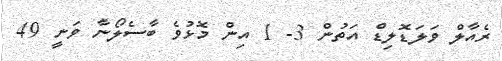
ރެއާލް ވަލަޑޮލިޑް އަތުން 3- 1 އިން މޮޅުވެ ބާސެލޯނާ ވަނީ 49